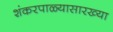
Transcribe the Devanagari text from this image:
शंकरपाळ्यासारख्या